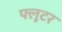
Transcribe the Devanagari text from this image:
फ्लूटर